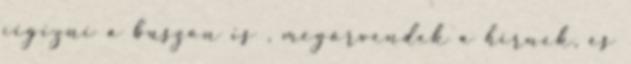
cigizni a buszon is , megörvendek a hírnek, és